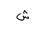
Letter: _shin